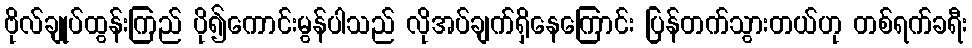
ဗိုလ်ချုပ်ထွန်းကြည် ပို၍ကောင်းမွန်ပါသည် လိုအပ်ချက်ရှိနေကြောင်း ပြန်တက်သွားတယ်ဟု တစ်ရက်ခရီး